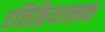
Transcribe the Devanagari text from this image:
रतिक्रियात्मक